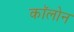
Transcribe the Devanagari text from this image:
काॅलोन